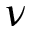
\nu